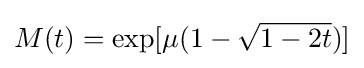
M(t)=\exp[\mu (1-{\sqrt {1-2t}})]